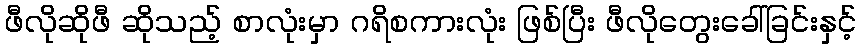
ဖီလိုဆိုဖီ ဆိုသည့် စာလုံးမှာ ဂရိစကားလုံး ဖြစ်ပြီး ဖီလိုတွေးခေါ်ခြင်းနှင့်